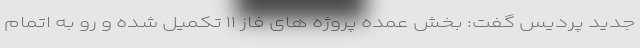
جدید پردیس گفت: بخش عمده پروژه های فاز ۱۱ تکمیل شده و رو به اتمام